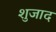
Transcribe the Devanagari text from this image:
शुजाद